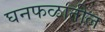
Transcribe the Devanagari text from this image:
घनफळातील